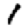
Digit: 1